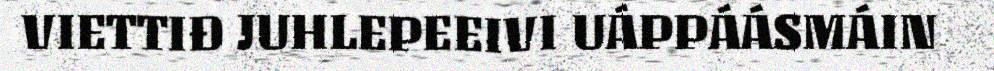
VIETTIĐ JUHLEPEEIVI UÁPPÁÁSMÁIN